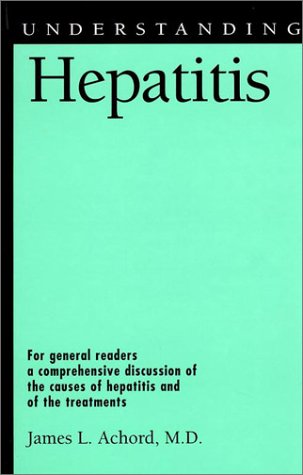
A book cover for Understanding Hepatitis; James L. Achord; Health, Fitness & Dieting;